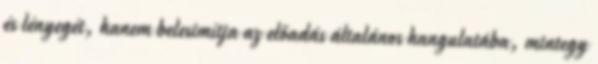
és lényegét, hanem belesimítja az előadás általános hangulatába, mintegy